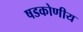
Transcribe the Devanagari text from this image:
षडकोणीय